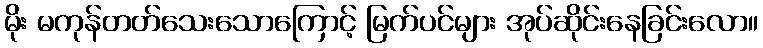
မိုး မကုန်တတ်သေးသောကြောင့် မြက်ပင်များ အုပ်ဆိုင်းနေခြင်းလော။